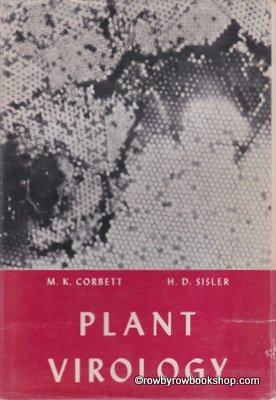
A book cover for Plant Virology; M K Sisler, H D Corbett; Medical Books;